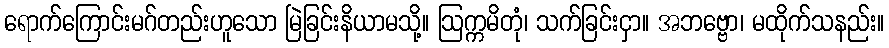
ရောက်ကြောင်းမဂ်တည်းဟူသော မြဲခြင်းနိယာမသို့။ ဩက္ကမိတုံ၊ သက်ခြင်းငှာ။ အဘဗ္ဗော၊ မထိုက်သနည်း။